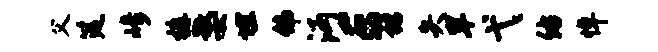
父筵崎裤婺埋佛沔E裙失旱弋佑悼